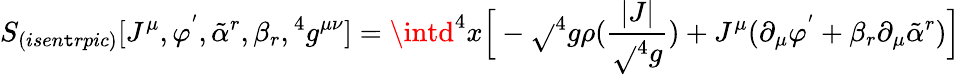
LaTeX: S_{(isen\mathtt{t}rpic)}[J^{\mu},\varphi^{'},{\tilde{{\alpha}}}^{r},\beta_{r},{}^{4}g^{\mu\nu}]=\intd^{4}x\Big[-\sqrt{}{{{}^{4}g}}\rho({\frac{{|J|}}{{\sqrt{}{{{}^{4}g}}}}})+J^{\mu}(\partial_{\mu}\varphi^{'}+\beta_{r}\partial_{\mu}{\tilde{{\alpha}}}^{r})\Big]